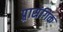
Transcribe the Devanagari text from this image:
प्र्रासंगिक